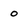
Character: O